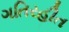
ગતિરહીત